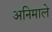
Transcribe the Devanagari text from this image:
अनिमाले